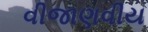
વીજાણવીય